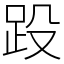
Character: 䟝